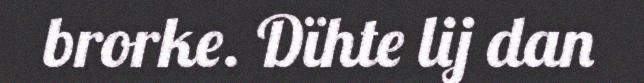
brorke. Dïhte lij dan